Investigations into the jail dietaries of the United Provinces with some observations on the influence of dietary on the physical development and well-being of the people of the United Provinces - Number 48
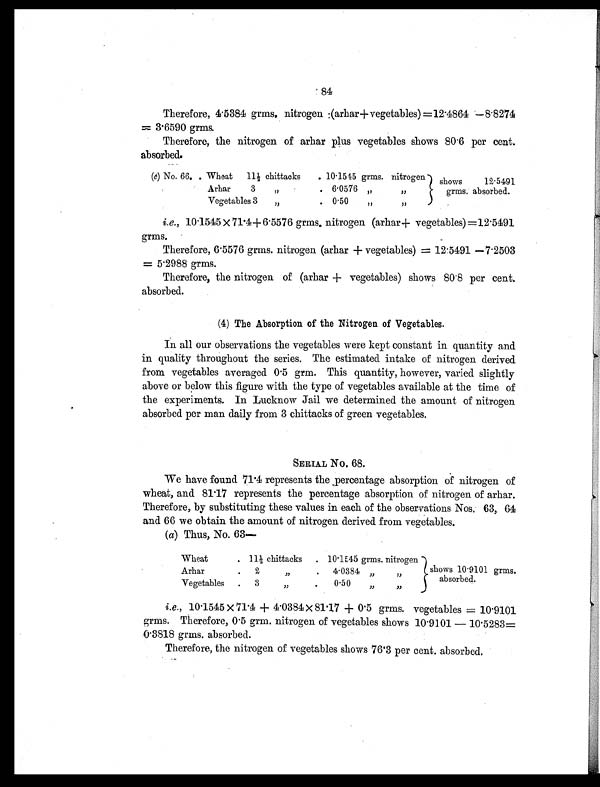
84
Therefore, 4.5384 grms. nitrogen :(arhar+ vegetables) =12.4864 —8.8274
=3.6590 grms.
Therefore, the nitrogen of arhar plus vegetables shows 80.6 per cent.
absorbed.
(c) No. 66. . Wheat 11½ chittacks . 10.1545 grms. nitrogen shows 12.5491
grms. absorbed.
Arhar 3 „
. 6.0576 „ „
Vegetables 3 „
. 0.50 „ „
i.e., 10.1545 × 71.4+6.5576 grms. nitrogen (arhar+ vegetables) =12.5491
grms.
Therefore, 6.5576 grms. nitrogen (arhar + vegetables) = 12.5491 —7.2503
= 5.2988 grms.
Therefore, the nitrogen of (arhar + vegetables) shows 80.8 per cent.
absorbed.
(4) The Absorption of the Nitrogen of Vegetables.
In all our observations the vegetables were kept constant in quantity and
in quality throughout the series. The estimated intake of nitrogen derived
from vegetables averaged 0.5 grm. This quantity, however, varied slightly
above or below this figure with the type of vegetables available at the time of
the experiments. In Lucknow Jail we determined the amount of nitrogen
absorbed per man daily from 3 chittacks of green vegetables.
SERIAL NO. 68.
We have found 71.4 represents the percentage absorption of nitrogen of
wheat, and 81.17 represents the percentage absorption of nitrogen of arhar.
Therefore, by substituting these values in each of the observations Nos. 63, 64
and 66 we obtain the amount of nitrogen derived from vegetables.
( a) Thus, No. 63—
Wheat
.
1 1 ½ c h i t t a c k s . 10.1545 grms. nitrogen
shows 10.9101 grms.
absorbed.
Arhar
. 2 „
. 4.0384 „ „
Vegetables . 3 „
. 0.50 „ „
i.e., 1 0 . 1 5 4 5 × 7 1 . 4 + 4 . 0 3 8 4 × 8 1 . 1 7 + 0 . 5 g r m s . v e g e t a b l e s = 1 0 . 9 1 0 1
grms. Therefore, 0.5 grm. nitrogen of vegetables shows 10.9101 — 10.5283=
0.3818 grms. absorbed.
Therefore, the nitrogen of vegetables shows 76.3 per cent. absorbed.